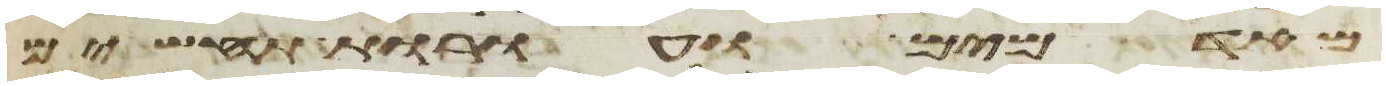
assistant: מאדמים ועורות תחשים